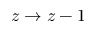
z \to z - 1